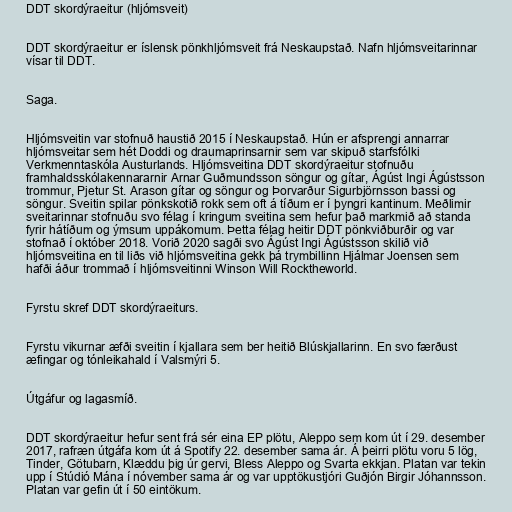
DDT skordýraeitur (hljómsveit)

DDT skordýraeitur er íslensk pönkhljómsveit frá Neskaupstað. Nafn hljómsveitarinnar
vísar til DDT.

Saga.

Hljómsveitin var stofnuð haustið 2015 í Neskaupstað. Hún er afsprengi annarrar
hljómsveitar sem hét Doddi og draumaprinsarnir sem var skipuð starfsfólki
Verkmenntaskóla Austurlands. Hljómsveitina DDT skordýraeitur stofnuðu
framhaldsskólakennararnir Arnar Guðmundsson söngur og gítar, Ágúst Ingi Ágústsson
trommur, Pjetur St. Arason gítar og söngur og Þorvarður Sigurbjörnsson bassi og
söngur. Sveitin spilar pönkskotið rokk sem oft á tíðum er í þyngri kantinum. Meðlimir
sveitarinnar stofnuðu svo félag í kringum sveitina sem hefur það markmið að standa
fyrir hátíðum og ýmsum uppákomum. Þetta félag heitir DDT pönkviðburðir og var
stofnað í október 2018. Vorið 2020 sagði svo Ágúst Ingi Ágústsson skilið við
hljómsveitina en til liðs við hljómsveitina gekk þá trymbillinn Hjálmar Joensen sem
hafði áður trommað í hljómsveitinni Winson Will Rocktheworld.

Fyrstu skref DDT skordýraeiturs.

Fyrstu vikurnar æfði sveitin í kjallara sem ber heitið Blúskjallarinn. En svo færðust
æfingar og tónleikahald í Valsmýri 5.

Útgáfur og lagasmíð.

DDT skordýraeitur hefur sent frá sér eina EP plötu, Aleppo sem kom út í 29. desember
2017, rafræn útgáfa kom út á Spotify 22. desember sama ár. Á þeirri plötu voru 5 lög,
Tinder, Götubarn, Klæddu þig úr gervi, Bless Aleppo og Svarta ekkjan. Platan var tekin
upp í Stúdió Mána í nóvember sama ár og var upptökustjóri Guðjón Birgir Jóhannsson.
Platan var gefin út í 50 eintökum.